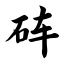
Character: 砗